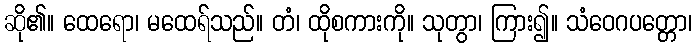
ဆို၏။ ထေရော၊ မထေရ်သည်။ တံ၊ ထိုစကားကို။ သုတွာ၊ ကြား၍။ သံဝေဂပတ္တော၊